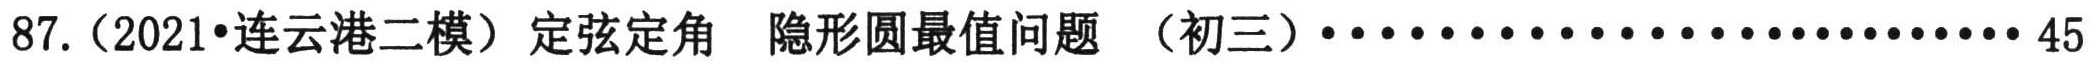
87.（2021•连云港二模）定弦定角 隐形圆最值问题 （初三）································ 45